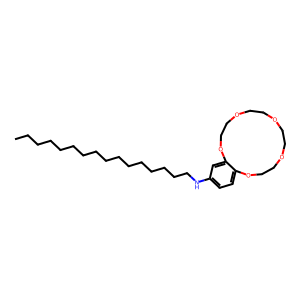
SMILES: CCCCCCCCCCCCCCCCNc1ccc2c(c1)OCCOCCOCCOCCO2
Inhibits HIV replication: No